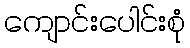
ကျောင်းပေါင်းစုံ